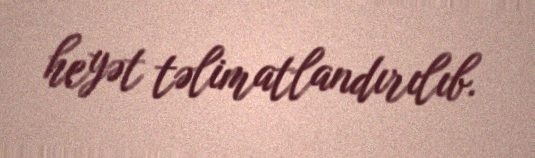
heyət təlimatlandırılıb.